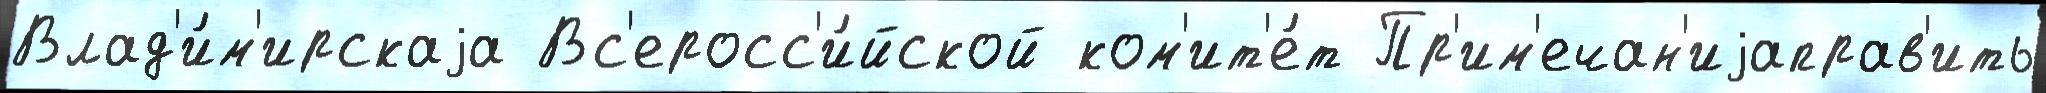
Влад'и́м'ирскаjа Вс'еросс'и́йской ком'ит'е́т Пр'им'ечан'иjаправ'ить